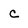
Character: C